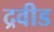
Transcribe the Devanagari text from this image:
द्रवीड